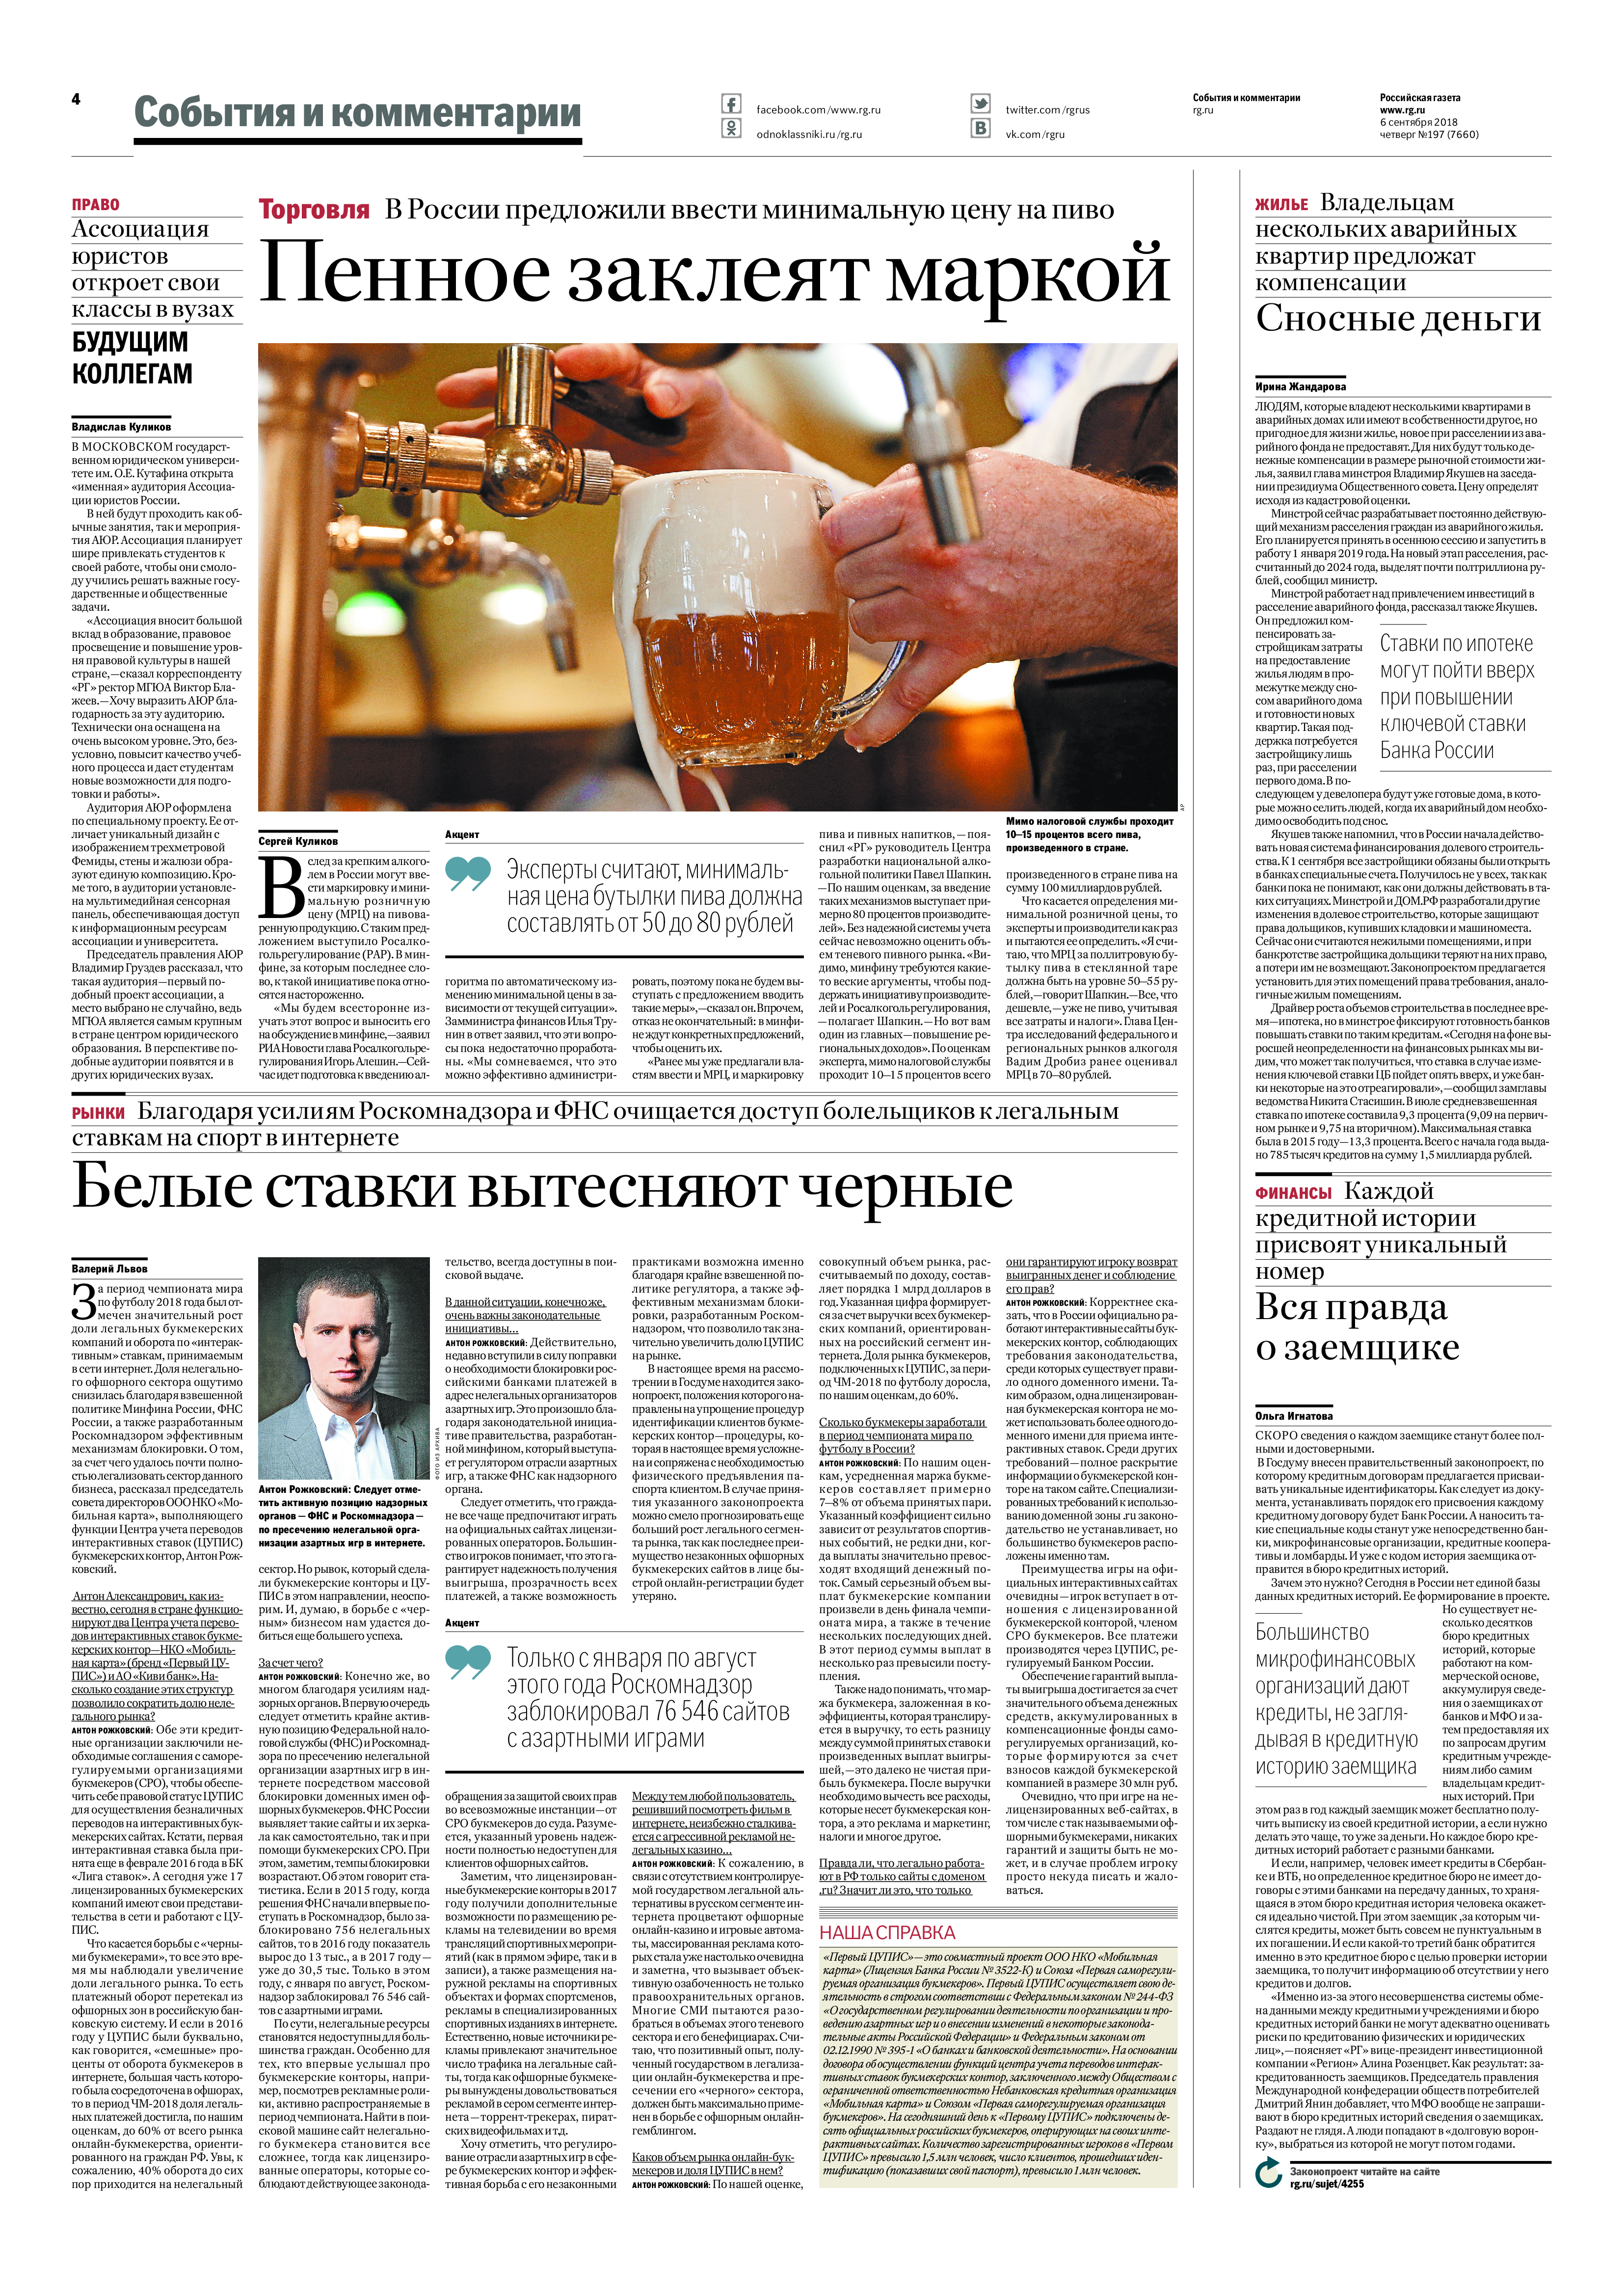
Language: ru